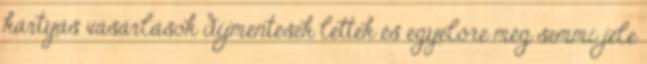
kártyás vásárlások díjmentesek lettek és egyelőre még semmi jele